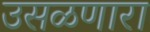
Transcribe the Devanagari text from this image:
उसळणारा